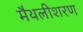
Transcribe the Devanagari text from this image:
मैथलीशरण